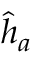
\hat { h } _ { a }